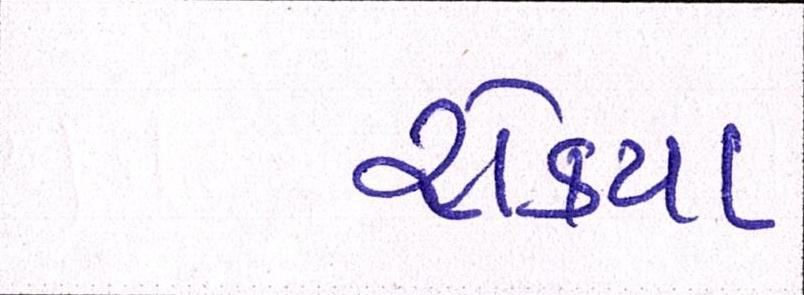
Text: રોક્યા